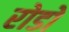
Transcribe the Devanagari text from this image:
रोडो